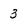
Character: 3